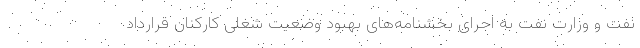
نفت و وزارت نفت به اجرای بخشنامه‌های بهبود وضعیت شغلی کارکنان قرارداد